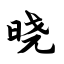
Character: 晓